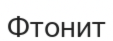
Фтонит